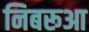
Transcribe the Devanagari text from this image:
निबरूआ